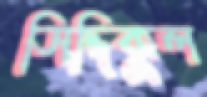
সিদ্দিকুল